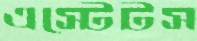
এস্টেটস